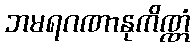
ဘမရဂဏာနုကိဏ္ဏံ